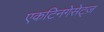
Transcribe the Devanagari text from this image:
एकटिनगेसेट्ज़